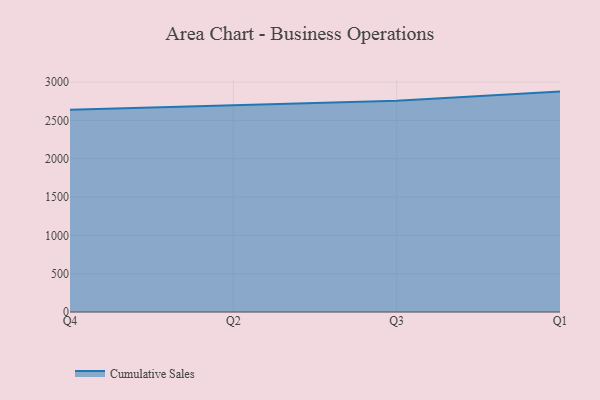
{"axis": {"x": "Quarter", "y": "Churn Rate (%)"}, "legend": ["Cumulative Sales"], "data": [{"x": "Q4", "y": 2639.8, "type": "Cumulative Sales"}, {"x": "Q2", "y": 2697.5, "type": "Cumulative Sales"}, {"x": "Q3", "y": 2756.2, "type": "Cumulative Sales"}, {"x": "Q1", "y": 2876.3, "type": "Cumulative Sales"}]}